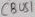
Text: CBUS1